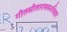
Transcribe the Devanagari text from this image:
गीतसीतारामवनविहार